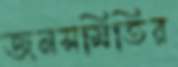
জনসমিতির